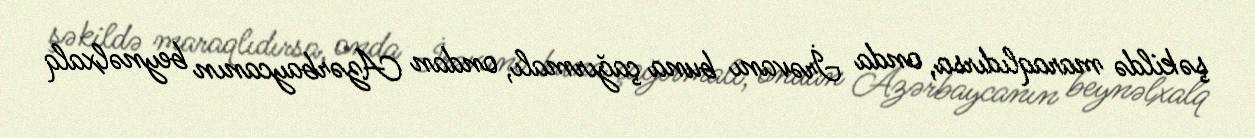
şəkildə maraqlıdırsa, onda İrəvanı buna çağırmalı, ondan Azərbaycanın beynəlxalq